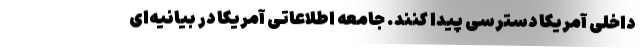
داخلی آمریکا دسترسی پیدا کنند. جامعه اطلاعاتی آمریکا در بیانیه‌ای